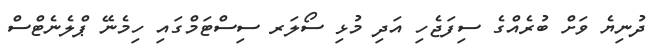
ދުނިޔެ ވަށް ބުރެއްގެ ސިފަޖެހި އަދި މުޅި ސޯލަރ ސިސްޓަމްގައި ހިމެނޭ ޕްލެނެޓްސް